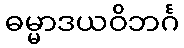
ဓမ္မာဒယဝိဘင်္ဂ